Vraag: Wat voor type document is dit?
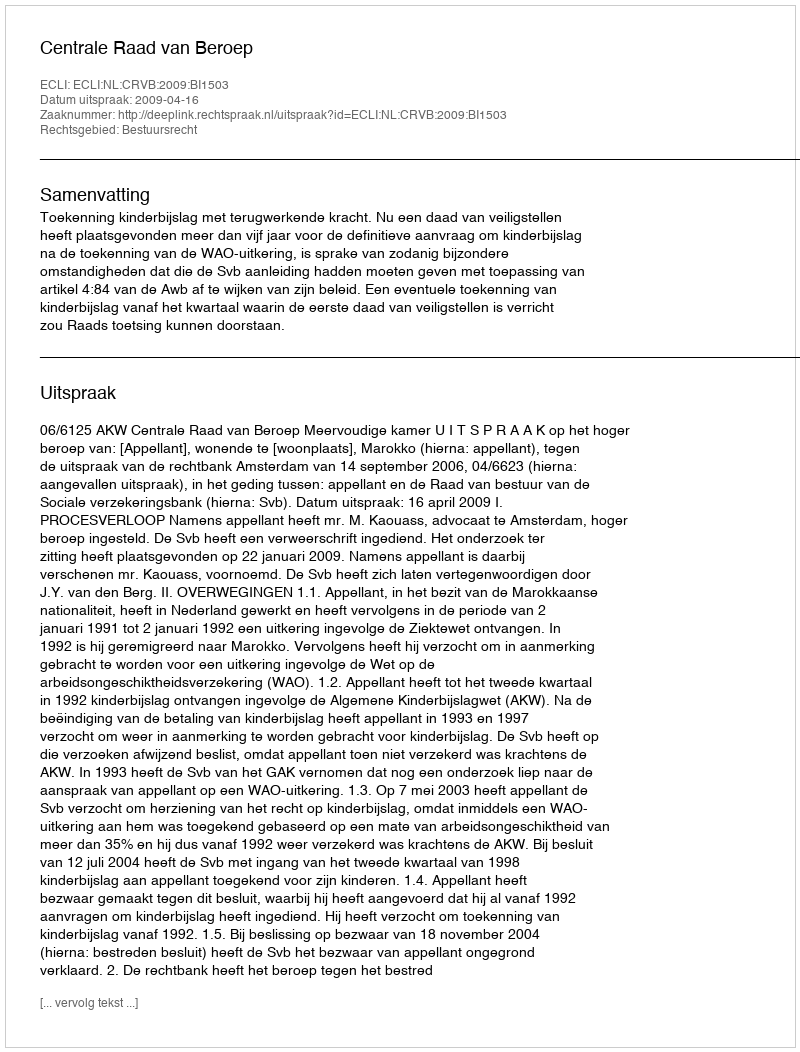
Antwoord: Uitspraak